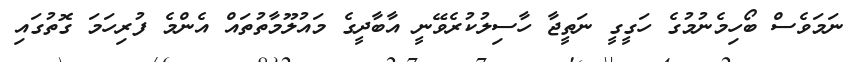
ނަމަވެސް ބޯހިމެނުމުގެ ހަގީގީ ނަތީޖާ ހާސިލުކުރެވޭނީ އާބާދީގެ މައުލޫމާތުތައް އެންމެ ފުރިހަމަ ގޮތުގައި